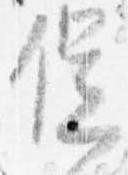
促